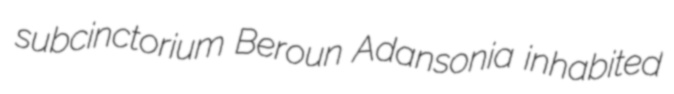
subcinctorium Beroun Adansonia inhabited